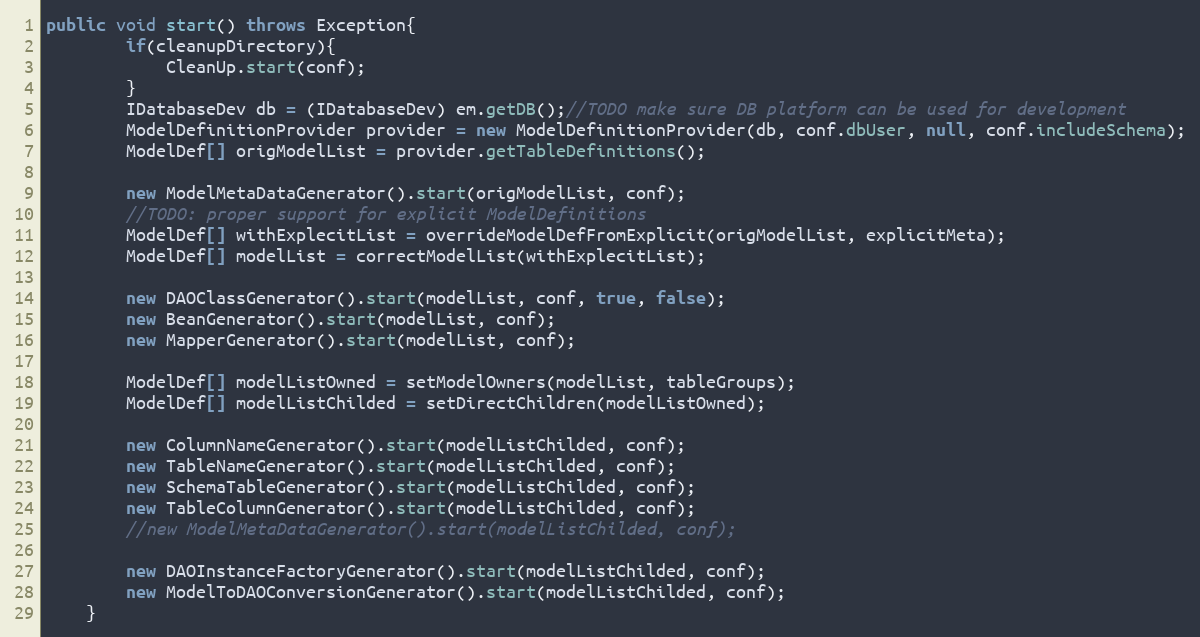
Language: Java
public void start() throws Exception{
		if(cleanupDirectory){
			CleanUp.start(conf);
		}
		IDatabaseDev db = (IDatabaseDev) em.getDB();//TODO make sure DB platform can be used for development
		ModelDefinitionProvider provider = new ModelDefinitionProvider(db, conf.dbUser, null, conf.includeSchema);
		ModelDef[] origModelList = provider.getTableDefinitions();

		new ModelMetaDataGenerator().start(origModelList, conf);
		//TODO: proper support for explicit ModelDefinitions
		ModelDef[] withExplecitList = overrideModelDefFromExplicit(origModelList, explicitMeta);
		ModelDef[] modelList = correctModelList(withExplecitList);

		new DAOClassGenerator().start(modelList, conf, true, false);
		new BeanGenerator().start(modelList, conf);
		new MapperGenerator().start(modelList, conf);

		ModelDef[] modelListOwned = setModelOwners(modelList, tableGroups);
		ModelDef[] modelListChilded = setDirectChildren(modelListOwned);

		new ColumnNameGenerator().start(modelListChilded, conf);
		new TableNameGenerator().start(modelListChilded, conf);
		new SchemaTableGenerator().start(modelListChilded, conf);
		new TableColumnGenerator().start(modelListChilded, conf);
		//new ModelMetaDataGenerator().start(modelListChilded, conf);

		new DAOInstanceFactoryGenerator().start(modelListChilded, conf);
		new ModelToDAOConversionGenerator().start(modelListChilded, conf);
	}